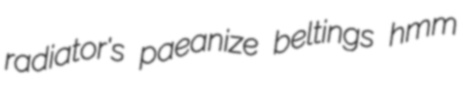
radiator's paeanize beltings hmm